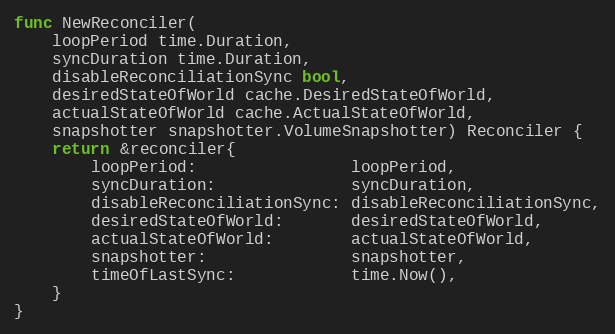
Language: Go
func NewReconciler(
	loopPeriod time.Duration,
	syncDuration time.Duration,
	disableReconciliationSync bool,
	desiredStateOfWorld cache.DesiredStateOfWorld,
	actualStateOfWorld cache.ActualStateOfWorld,
	snapshotter snapshotter.VolumeSnapshotter) Reconciler {
	return &reconciler{
		loopPeriod:                loopPeriod,
		syncDuration:              syncDuration,
		disableReconciliationSync: disableReconciliationSync,
		desiredStateOfWorld:       desiredStateOfWorld,
		actualStateOfWorld:        actualStateOfWorld,
		snapshotter:               snapshotter,
		timeOfLastSync:            time.Now(),
	}
}